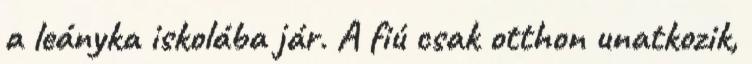
a leányka iskolába jár. A fiú csak otthon unatkozik,